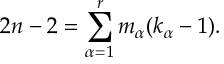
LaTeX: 2 n - 2 = \sum _ { \alpha = 1 } ^ { r } m _ { \alpha } ( k _ { \alpha } - 1 ) .